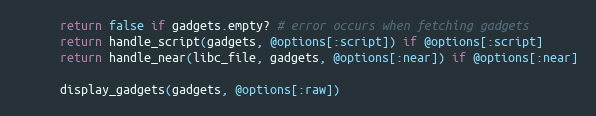
Language: Ruby
      return false if gadgets.empty? # error occurs when fetching gadgets
      return handle_script(gadgets, @options[:script]) if @options[:script]
      return handle_near(libc_file, gadgets, @options[:near]) if @options[:near]

      display_gadgets(gadgets, @options[:raw])